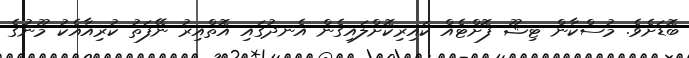
ބޮޑަށެވެ. މުސްކާން ޓިޝޫ ފޮށްޓެއް ކައިރިކޮށްލައިގެން އެނދުގައި އޮތްއިރު ނޭފަތު ކުރިއާއެކު މޫނުގެ